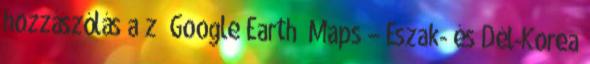
hozzászólás a z “Google Earth Maps – Észak- és Dél-Korea